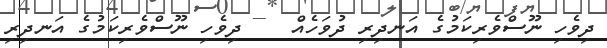
ދިވެހި ނޫސްވެރިކަމުގެ އަނދިރި ދުވަހެއް    ދިވެހި ނޫސްވެރިކަމުގެ އަނދިރި